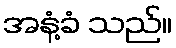
အနံ့ခံ သည်။